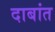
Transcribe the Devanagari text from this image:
दाबांत